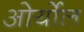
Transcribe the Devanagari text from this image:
ओर्योल